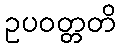
ဥပဝတ္တတိ